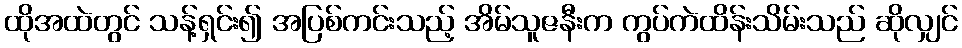
ထိုအထဲတွင် သန့်ရှင်း၍ အပြစ်ကင်းသည့် အိမ်သူဇနီးက ကွပ်ကဲထိန်းသိမ်းသည် ဆိုလျှင်